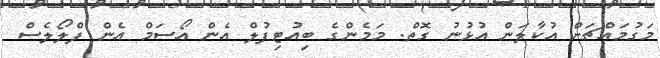
މަގުމައްޗަށް އުކާލަން އުޅުނު ގޮތް. މަމެންގެ ބިއުޓިފުލް އެން އޯސަމް އެން ފްލޯލެސް